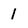
Character: 1